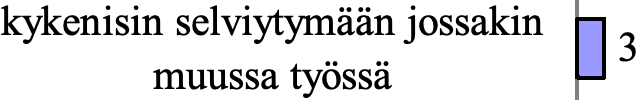
kykenisin selviytymään jossakin 3 muussa työssä